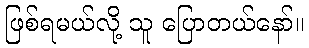
ဖြစ်ရမယ်လို့ သူ ပြောတယ်နော်။